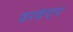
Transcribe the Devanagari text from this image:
वरवंदन